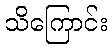
သိကြောင်း